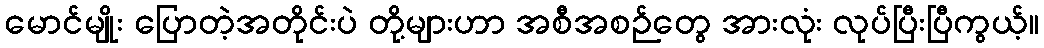
မောင်မျိုး ပြောတဲ့အတိုင်းပဲ တို့များဟာ အစီအစဉ်တွေ အားလုံး လုပ်ပြီးပြီကွယ့်။